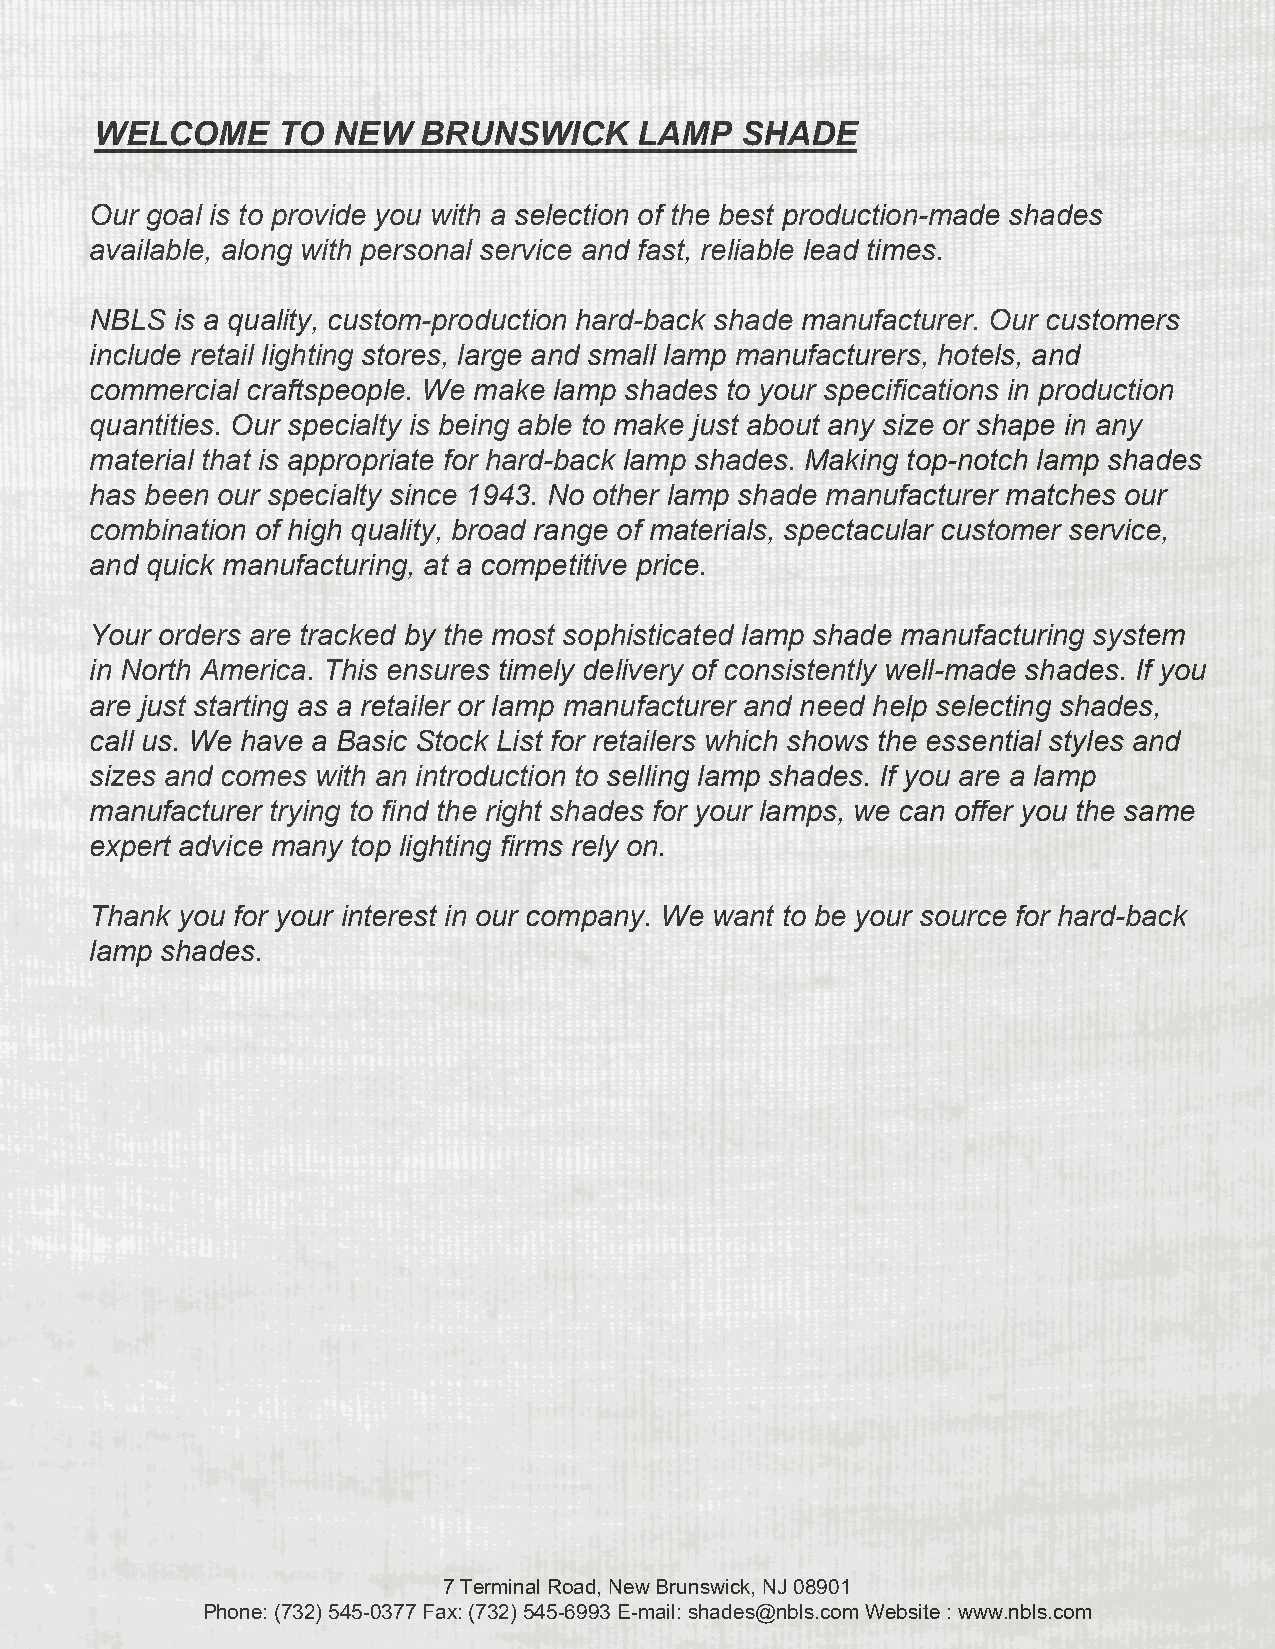
WELCOME     TO  NEW   BRUNSWICK     LAMP   SHADE
 Our goal is to provide you with a selection of the best production-made shades
 available, along with personal service and fast, reliable lead times.
 NBLS is a quality, custom-production hard-back shade manufacturer. Our customers
 include retail lighting stores, large and small lamp manufacturers, hotels, and
 commercial craftspeople. We make lamp shades to your specifications in production
 quantities. Our specialty is being able to make just about any size or shape in any
 material that is appropriate for hard-back lamp shades. Making top-notch lamp shades
 has been our specialty since 1943. No other lamp shade manufacturer matches our
 combination of high quality, broad range of materials, spectacular customer service,
 and quick manufacturing, at a competitive price.
 Your orders are tracked by the most sophisticated lamp shade manufacturing system
 in North America. This ensures timely delivery of consistently well-made shades. If you
 are just starting as a retailer or lamp manufacturer and need help selecting shades,
 call us. We have a Basic Stock List for retailers which shows the essential styles and
 sizes and comes with an introduction to selling lamp shades. If you are a lamp
 manufacturer trying to find the right shades for your lamps, we can offer you the same
 expert advice many top lighting firms rely on.
 Thank you for your interest in our company. We want to be your source for hard-back
 lamp shades.
 7 Terminal Road, New Brunswick, NJ 08901
 Phone: (732) 545-0377 Fax: (732) 545-6993 E-mail: shades@nbls.com Website : www.nbls.com